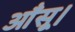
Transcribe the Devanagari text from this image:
आँसू।